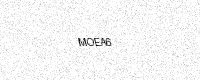
Text: MOEA6